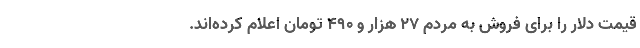
قیمت دلار را برای فروش به مردم ۲۷ هزار و ۴۹۰ تومان اعلام کرده‌اند.